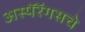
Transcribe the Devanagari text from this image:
अस्पॅरॅगसचे